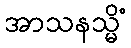
အာသနသ္မိံ